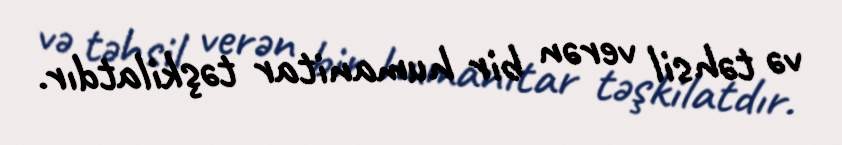
və təhsil verən bir humanitar təşkilatdır.